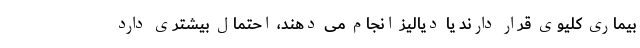
بیماری کلیوی قرار دارند یا دیالیز انجام می دهند، احتمال بیشتری دارد